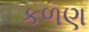
કળણ